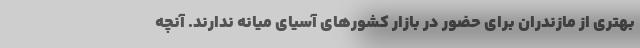
بهتری از مازندران برای حضور در بازار کشورهای آسیای میانه ندارند. آنچه